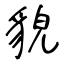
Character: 貌